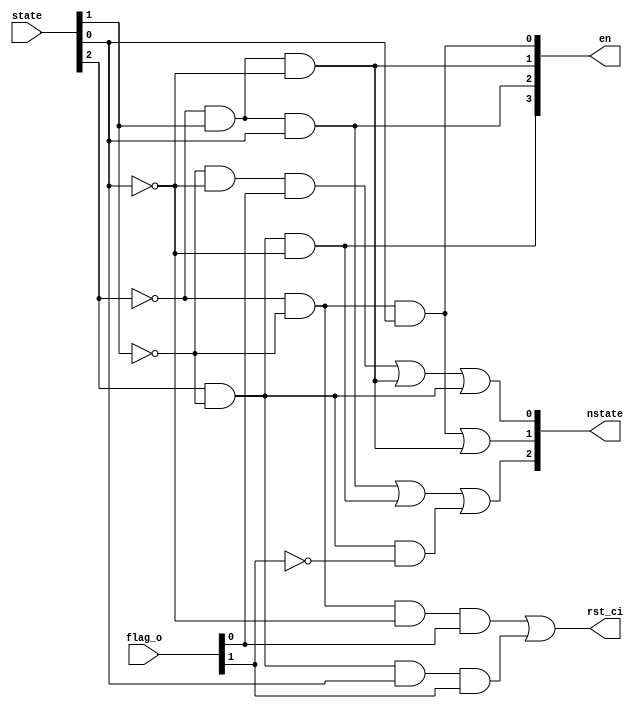
module decoder

(
        input   [2:0]   state,
        input   [1:0]   flag_o,
        output          rst_ci,
        output  [2:0]   nstate,
        output  [3:0]   en
);

assign nstate[2] = ~state[2] & state[1] & state[0] | state[2] & ~state[1] & ~state[0] | state[2] & ~state[1] & ~flag_o[1];
assign nstate[1] = ~state[2] & ~state[1] & state[0] | ~state[2] & state[1] & ~state[0];
assign nstate[0] = ~state[1] & ~state[0] & flag_o[0] | ~state[2] & state[1] & ~state[0] | state[2] & ~ state[1];
assign en[3] = state[2] & ~state[1] & ~state[0];
assign en[2] = ~state[2] & state[1] & state[0];
assign en[1] = ~state[2] & state[1] & ~state[0];
assign en[0] = ~state[2] & ~state[1] & state[0];
assign rst_ci = ~state[2] & ~state[1] & ~state[0] & flag_o[0] | state[2] & ~state[1] & state[0] & flag_o[1];

endmodule